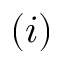
( i )